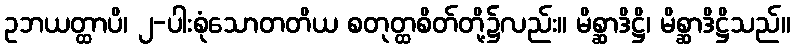
ဥဘယတ္ထာပိ၊ ၂-ပါးစုံသောတတိယ စတုတ္ထစိတ်တို့၌လည်း။ မိစ္ဆာဒိဋ္ဌိ၊ မိစ္ဆာဒိဋ္ဌိသည်။